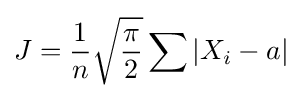
J={\frac {1}{n}}{\sqrt {\frac {\pi }{2}}}\sum {|X_{i}-a|}